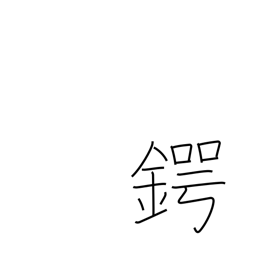
Meaning: kettle brim